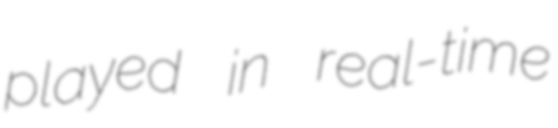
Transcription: played in real-time